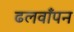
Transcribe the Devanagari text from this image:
ढलवाँपन